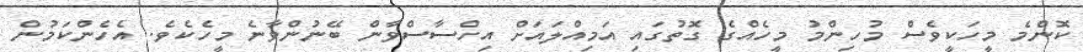
ކޮންމެ މީހަކީވެސް މުހިންމު މީހެއްގެ ގޮތުގައި އަމިއްލައަށް އިހްސާސްވާން ބޭނުންވާނެ މީހެކެވެ. އެހެންކަމުން